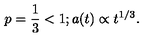
p = \frac { 1 } { 3 } < 1 ; a ( t ) \propto t ^ { 1 / 3 } .